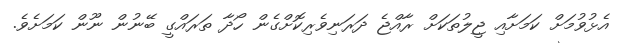
އެޅުވުމަށް ކަމަށާއި ޖީލުތަކަށް ރާއްޖެ ދަރަނިވެރިކޮށްގެން ހޯދާ ތަރައްގީ ބޭނުން ނޫން ކަމަށެވެ.